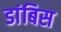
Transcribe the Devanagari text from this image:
डांबिस